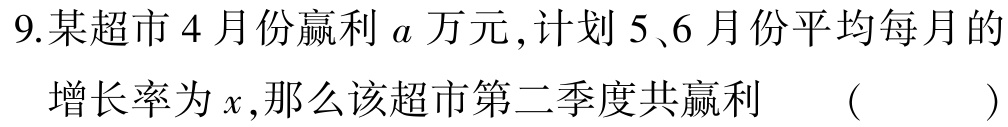
9.某超市4月份赢利\(a\)万元,计划5、6月份平均每月的
增长率为\(x\),那么该超市第二季度共赢利  ( )